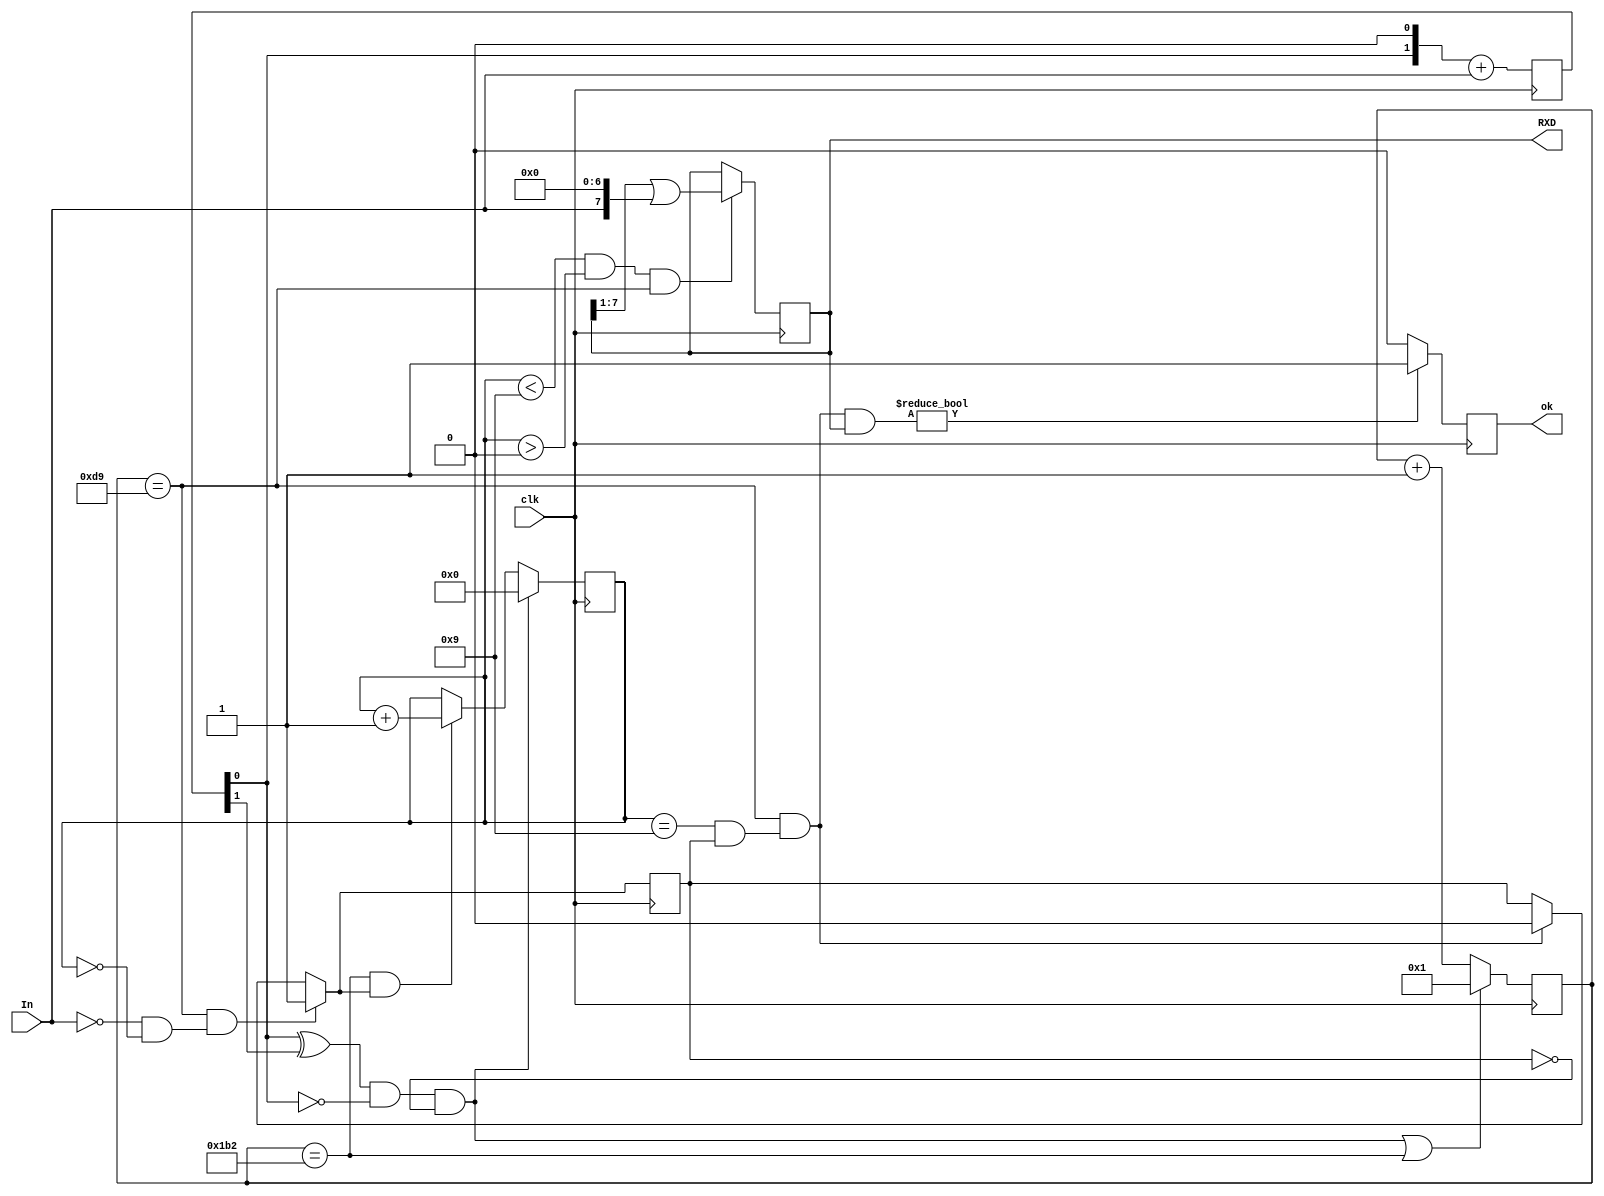
`timescale 1ns / 1ps
//////////////////////////////////////////////////////////////////////////////////
// Company: 
// Engineer: 
// 
// Design Name: 
// Module Name:    URXD1B 
// Project Name: 
// Target Devices: 
// Tool versions: 
// Description: 
//
// Dependencies: 
//
// Revision: 
// Revision 0.01 - File Created
// Additional Comments: 
//
//////////////////////////////////////////////////////////////////////////////////
module URXD1B(	input wire In,
					input wire clk,
					
					output reg [7:0] RXD = 0,
					output reg ok
    );

parameter Fclk=50000000; //50 MHz
parameter VEL = 115200; //115.2 kBod (  1 )
parameter Nt = Fclk/VEL; //~434
reg [15:0] cb_tact = 0; // 
reg [3:0]  cb_bit = 0; //  
assign ce_tact = (cb_tact==Nt); //  
assign ce_bit = (cb_tact == Nt/2); //  


reg en_rx_byte = 0;
reg [1:0] in_buf = 0;
assign In_front = (in_buf[0] ^ in_buf[1]) & !in_buf[0];
assign start = In_front & !en_rx_byte;

assign T_start = !In & (cb_bit == 0); //   
assign T_dat = (cb_bit<9) & (cb_bit>0); //   
assign T_stop = ((cb_bit==9) & en_rx_byte); //   




always @(posedge clk) begin
	cb_tact <= (start | ce_tact) ? 1 : cb_tact + 1 ; //""  1  cb_tact==Nt
	in_buf <= (in_buf << 1) + In;
	en_rx_byte = (ce_bit & T_start) ? 1 : (ce_bit & T_stop) ? 0 : en_rx_byte;
	cb_bit <= start ? 0 : (ce_tact & en_rx_byte) ? cb_bit+1 : cb_bit ;
	RXD <= (T_dat & ce_bit) ? (RXD >> 1 | {In,7'b0}) : RXD;
	ok <= (T_stop & ce_bit & RXD) ? 1 : 0;
end


endmodule